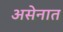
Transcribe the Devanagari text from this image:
असेनात